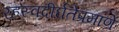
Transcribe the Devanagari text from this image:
र्‍हस्वदीर्घतेप्रमाणे